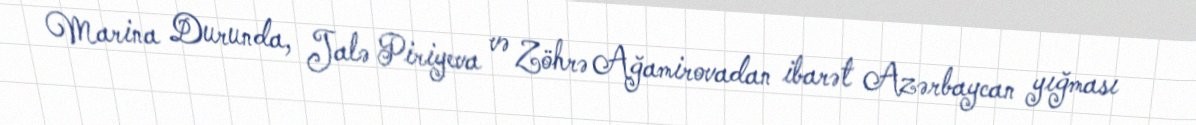
Marina Durunda, Jalə Piriyeva və Zöhrə Ağamirovadan ibarət Azərbaycan yığması